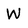
Character: W